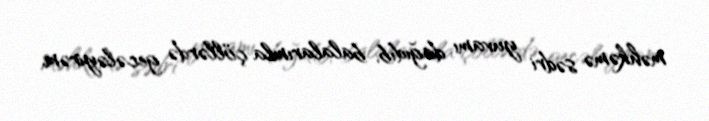
məhkəmə sədri yuvamı dağıdıb, balalarımla çöllərdə gecələyirəm.